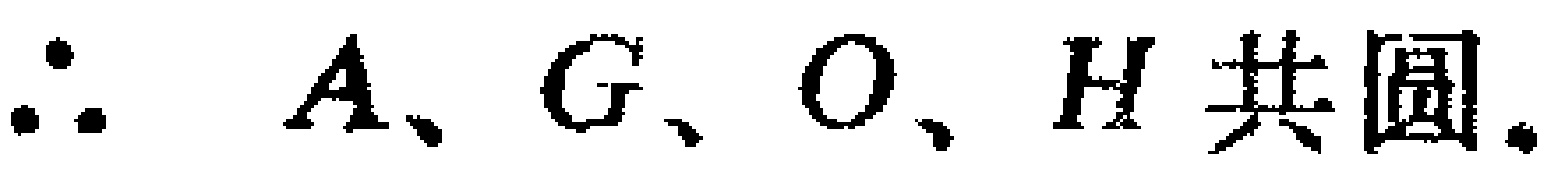
\(\therefore A、G、O、H\text{ 共圆}.\)